65_HS1-834228961_62-HQ-83894_Section_4
Agency: FBI
Page 167
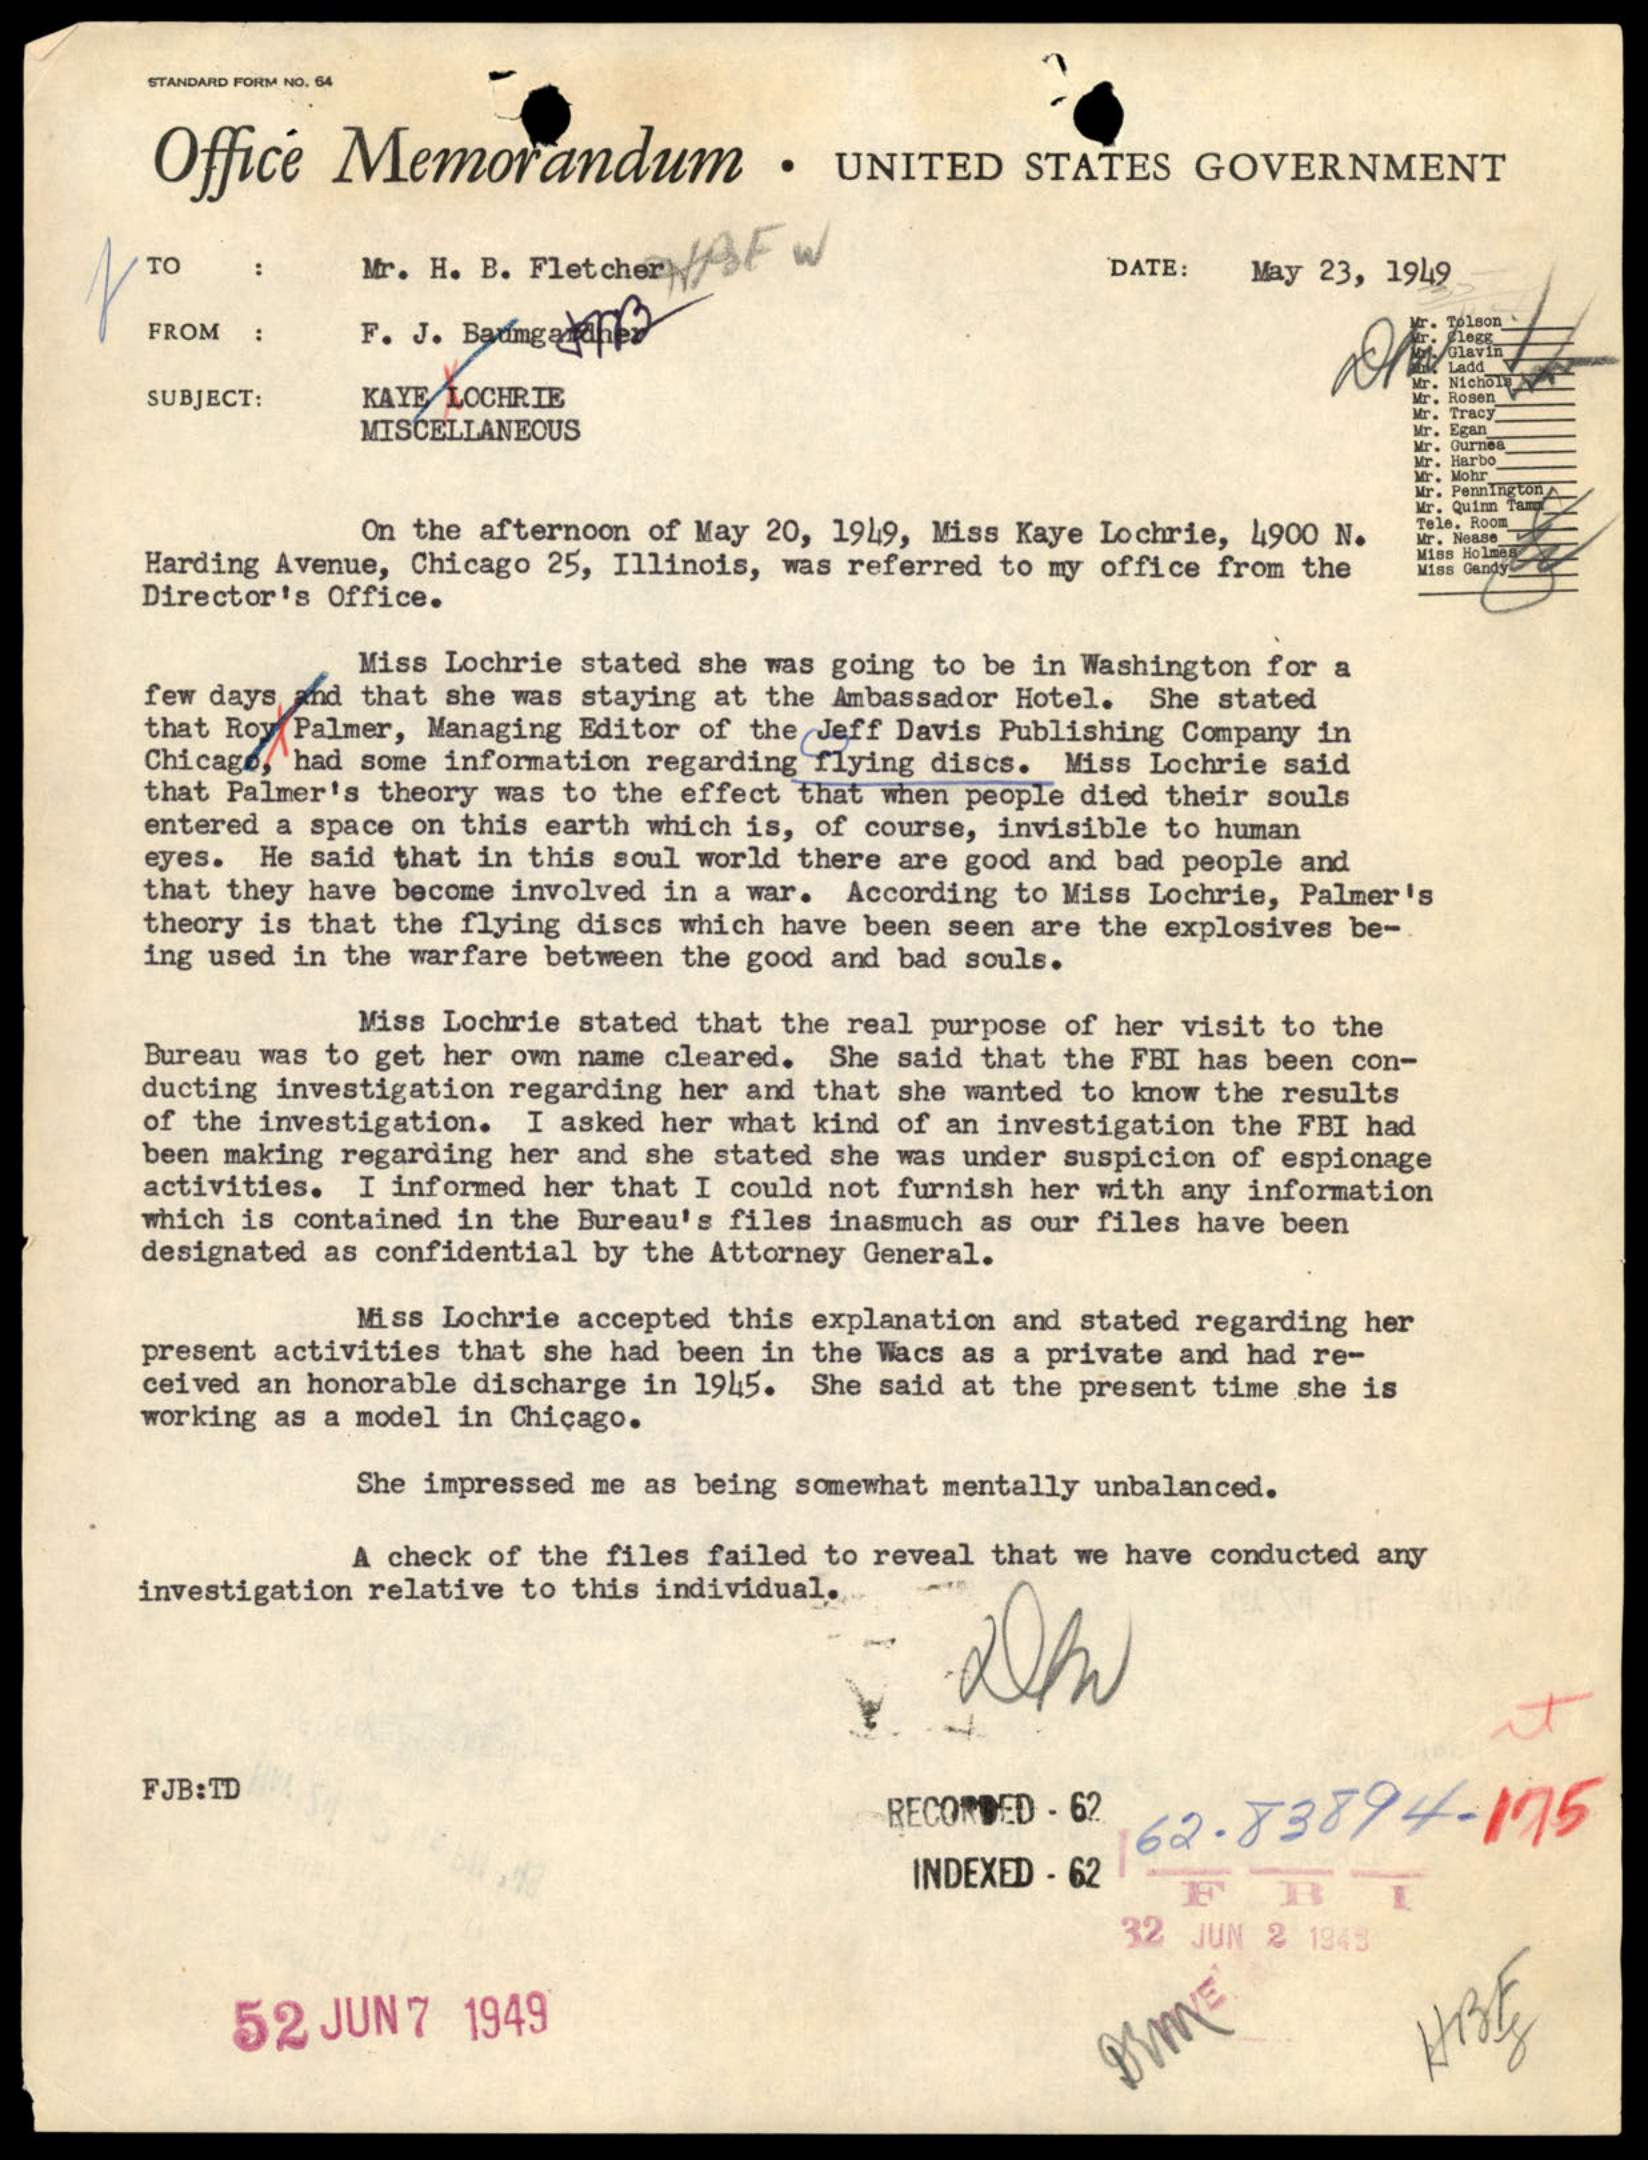